Indian Medical Review
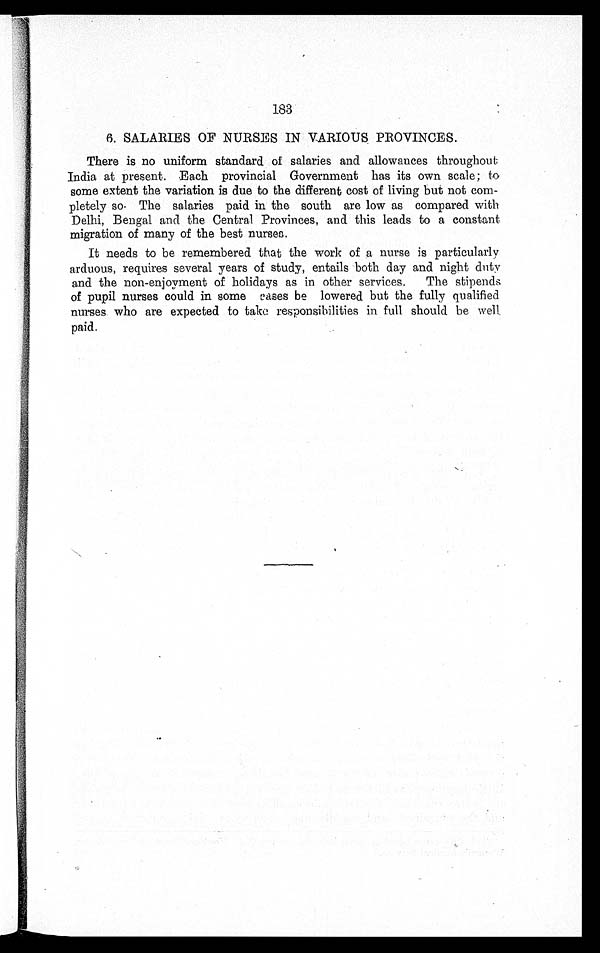
183
6. SALARIES OF NURSES IN VARIOUS PROVINCES.
There is no uniform standard of salaries and allowances throughout
India at present. Each provincial Government has its own scale; to
some extent the variation is due to the different cost of living but not com-
pletely so. The salaries paid in the south are low as compared with
Delhi, Bengal and the Central Provinces, and this leads to a constant
migration of many of the best nurses.
It needs to be remembered that the work of a nurse is particularly
arduous, requires several years of study, entails both day and night duty
and the non-enjoyment of holidays as in other services. The stipends
of pupil nurses could in some cases be lowered but the fully qualified
nurses who are expected to take responsibilities in full should be well
paid.